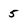
Character: 5